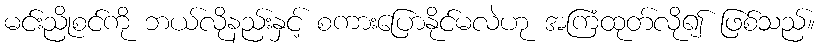
မင်းညိုစင်ကို ဘယ်လိုနည်းနှင့် စကားပြောနိုင်မလဲဟု အကြံထုတ်လို၍ ဖြစ်သည်။